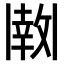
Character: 𫡊